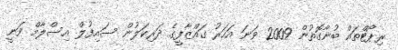
ރިޕޯޓްތައް ބުނާގޮތުން 2009 ވަނަ އަހަރު ގައްޒާފީގެ ދަރިކަލުން ސައިފުލް އިސްލާމް ވަނީ